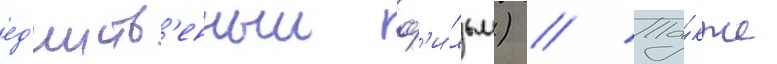
ед'инств'енныи ф'и́льм) // Та́кже